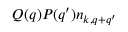
Q ( q ) P ( q ^ { \prime } ) n _ { k , q + q ^ { \prime } }